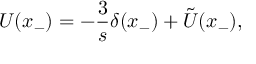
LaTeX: U ( x _ { - } ) = - \frac { 3 } { s } \delta ( x _ { - } ) + \tilde { U } ( x _ { - } ) ,